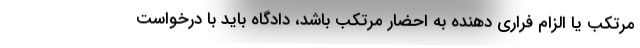
مرتکب یا الزام فراری دهنده به احضار مرتکب باشد، دادگاه باید با درخواست